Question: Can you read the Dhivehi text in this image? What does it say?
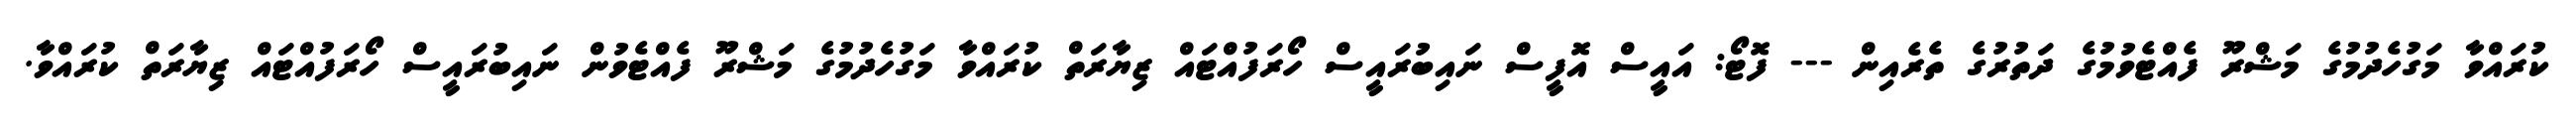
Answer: ކުރައްވާ މަގުހެދުމުގެ މަޝްރޫ ފެއްޓެވުމުގެ ދަތުރުގެ ތެރެއިން --- ފޮޓޯ: އައީސް އޮފީސް ނައިބުރައީސް ހޯރަފުއްޓައް ޒިޔާރަތް ކުރައްވާ މަގުހެދުމުގެ މަޝްރޫ ފެއްޓެވުން ނައިބުރައީސް ހޯރަފުއްޓައް ޒިޔާރަތް ކުރައްވާ.